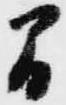
間